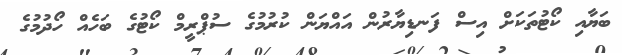
ބަޔާއި ކޯޓުތަކަށް އިސް ފަނޑިޔާރުން އައްޔަން ކުރުމުގެ ސުޕްރީމް ކޯޓުގެ ބަހެއް ހޯދުމުގެ